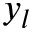
y _ { l }